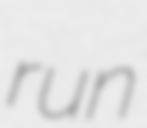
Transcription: run